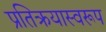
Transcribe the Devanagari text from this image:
प्रतिक्रयास्वरूप